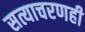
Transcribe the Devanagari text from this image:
सत्याचरणही